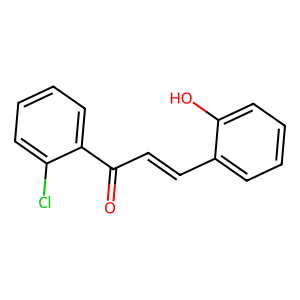
SMILES: O=C(C=Cc1ccccc1O)c1ccccc1Cl
Inhibits HIV replication: No